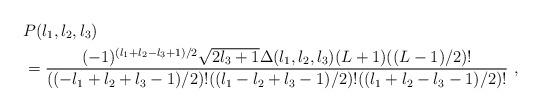
LaTeX: \begin{align*}& P(l_{1},l_{2},l_{3})\\& =\frac{(-1)^{(l_{1}+l_{2}-l_{3}+1)/2}\sqrt{2l_{3}+1}\Delta(l_{1},l_{2},l_{3})(L+1)((L-1)/2)!}{((-l_{1}+l_{2}+l_{3}-1)/2)!((l_{1}-l_{2}+l_{3}-1)/2)!((l_{1}+l_{2}-l_{3}-1)/2)!}\ ,\end{align*}